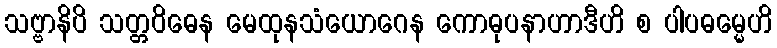
သဗ္ဗာနိပိ သတ္တဝိဓေန မေထုနသံယောဂေန ကောဓုပနာဟာဒီဟိ စ ပါပဓမ္မေဟိ